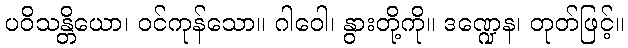
ပဝိသန္တိယော၊ ဝင်ကုန်သော။ ဂါဝေါ၊ နွားတို့ကို။ ဒဏ္ဍေန၊ တုတ်ဖြင့်။